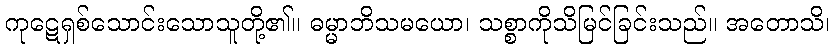
ကုဋေရှစ်သောင်းသောသူတို့၏။ ဓမ္မာဘိသမယော၊ သစ္စာကိုသိမြင်ခြင်းသည်။ အတောသိ၊